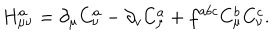
LaTeX: H _ { \mu \nu } ^ { a } = \partial _ { \mu } C _ { \nu } ^ { a } - \partial _ { v } C _ { \mu } ^ { a } + f ^ { a b c } C _ { \mu } ^ { b } C _ { \nu } ^ { c } .